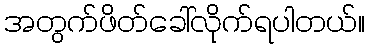
အတွက်ဖိတ်ခေါ်လိုက်ရပါတယ်။